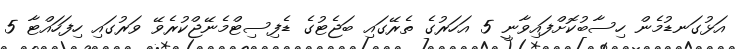
އަޅުގަނޑުމެން ހިސާބުކޮށްފައިވާނީ 5 އަހަރުގެ ތެރޭގައި ބަޖެޓުގެ ޑެފިސިޓްމެނޭޖްކުރެވޭ ވަރުގައި ހިފަހައްޓާ 5